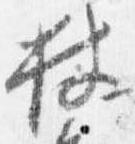
杖